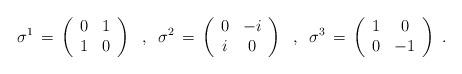
LaTeX: \begin{align*}\sigma^1 \,=\,\left( \begin{array}{cc}0 & 1 \\ 1 & 0 \\ \end{array} \right) \;\; , \;\;\sigma^2 \,=\,\left( \begin{array}{cc}0 & -i \\ i & 0 \\ \end{array}\right) \;\; , \;\;\sigma^3 \,=\,\left( \begin{array}{cc}1 & 0 \\ 0 & - 1 \\ \end{array}\right) \;.\end{align*}